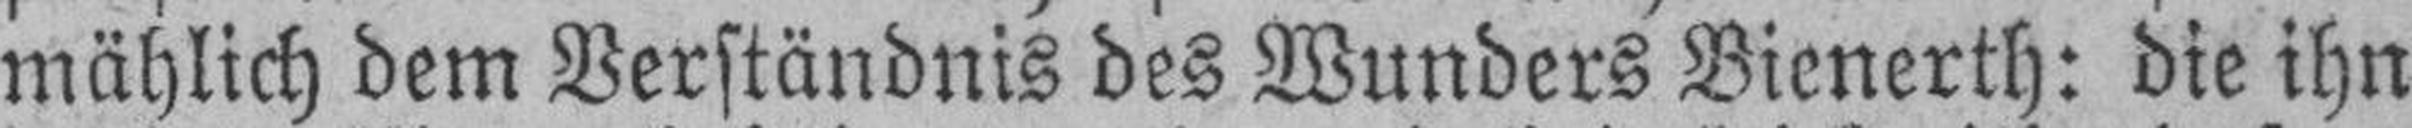
mählich dem Verständnis des Wunders Bienerth: die ihn